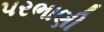
પરભાણી